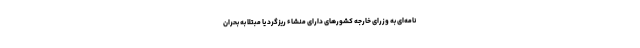
نامه‌ای به وزرای خارجه کشورهای دارای منشاء ریزگرد یا مبتلا به بحران